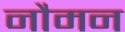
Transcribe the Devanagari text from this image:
नौमन